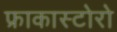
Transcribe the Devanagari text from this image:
फ्राकास्टोरो